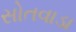
સોતવાડા